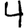
Digit: 4